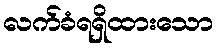
လက်ခံရရှိထားသော